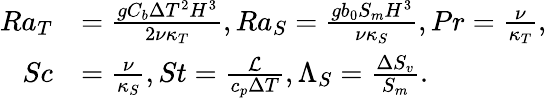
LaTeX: \begin{array}{rl}{Ra_{T}}&{=\frac{gC_{b}\Delta T^{2}H^{3}}{2\nu\kappa_{T}},Ra_{S}=\frac{gb_{0}S_{m}H^{3}}{\nu\kappa_{S}},Pr=\frac{\nu}{\kappa_{T}},}\\ {Sc}&{=\frac{\nu}{\kappa_{S}},St=\frac{\mathcal{L}}{c_{p}\Delta T},\Lambda_{S}=\frac{\Delta S_{v}}{S_{m}}.}\end{array}